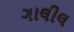
ગાલીલ